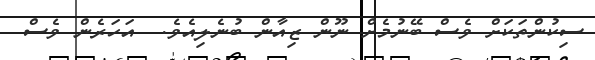
ސިކުންތަކަށް ވެސް ބޭނުމެށް ނޫން ޒިއާން ބުނެލިއެވެ.  އަހަރެން ވެސް